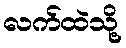
လက်ထဲသို့